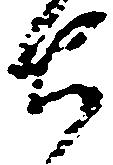
ち